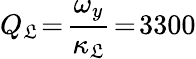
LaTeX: Q_{\mathfrak{L}}\! =\! \frac{{\omega_{y}}}{{\kappa_{\mathfrak{L}}}}\! =\! 3300